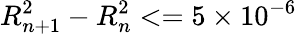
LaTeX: R_{n+1}^{2}-R_{n}^{2}<=5\times 10^{-6}